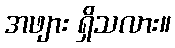
အဖျား ရှိသလား။